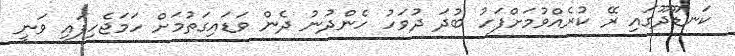
ކަނޑޫދޫގައި ރޭ ކުރެއްވުމަށްފަހު ބުދަ ދުވަހު ހެންދުނު ދެން ވަޑައިގަތުމަށް ހަމަޖެހިފައި ވަނީ